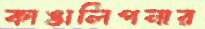
কাঙালিপনার